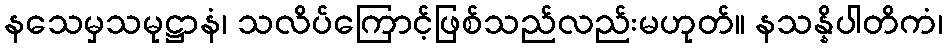
နသေမှသမုဋ္ဌာနံ၊ သလိပ်ကြောင့်ဖြစ်သည်လည်းမဟုတ်။ နသန္နိပါတိကံ၊